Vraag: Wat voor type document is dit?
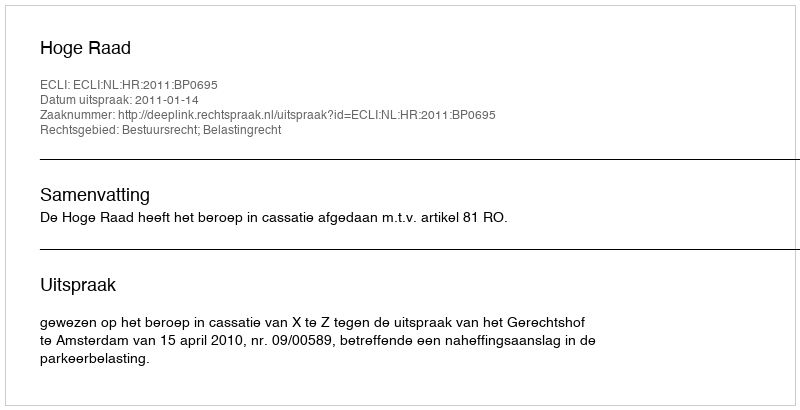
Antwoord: Uitspraak